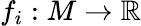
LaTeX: f_{i}:M\to\mathbb{R}